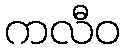
ကလီဝ